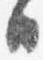
日